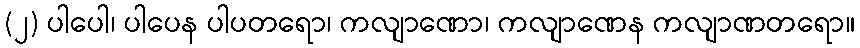
(၂) ပါပေါ၊ ပါပေန ပါပတရော၊ ကလျာဏော၊ ကလျာဏေန ကလျာဏတရော။